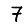
Digit: 7